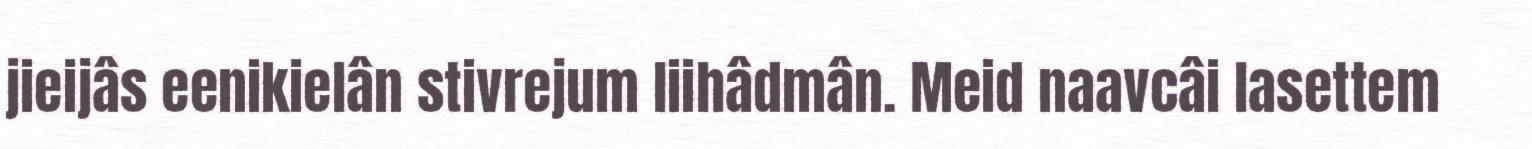
jieijâs eenikielân stivrejum liihâdmân. Meid naavcâi lasettem